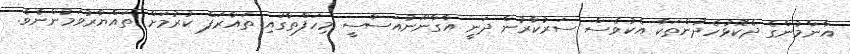
އާންމުންގެ ދެކޮޅުހެދުންތަކާ އެކުވެސް ސަރުކާރުން ދަނީ އާގާނޫނުއަސާސީ މިހަފްތާގައި ތައާރަފް ކުރުމަށް ތައްޔާރުވަމުންނެވެ.